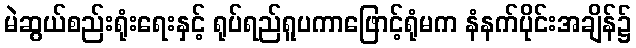
မဲဆွယ်စည်းရုံးရေးနှင့် ရုပ်ရည်ရူပကာဖြောင့်ရုံမက နံနက်ပိုင်းအချိန်၌